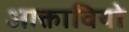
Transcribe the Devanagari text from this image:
आक्तावियो